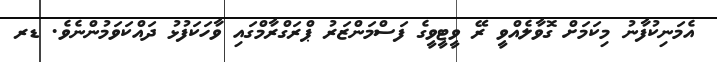
އެމަނިކުފާނު މިކަމަށް ގޮވާލެއްވީ ރޭ ވީޓީވީގެ ފަސްމަންޒަރު ޕްރަގްރާމްގައި ވާހަކަފުޅު ދައްކަވަމުންނެވެ. ޑރ